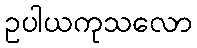
ဥပါယကုသလော